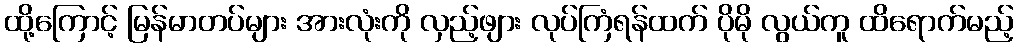
ထို့ကြောင့် မြန်မာတပ်များ အားလုံးကို လှည့်ဖျား လုပ်ကြံရန်ထက် ပိုမို လွယ်ကူ ထိရောက်မည့်